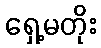
ရှေ့မတိုး